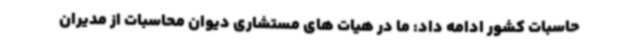
حاسبات کشور ادامه داد: ما در هیات های مستشاری دیوان محاسبات از مدیران